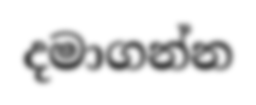
දමාගන්න